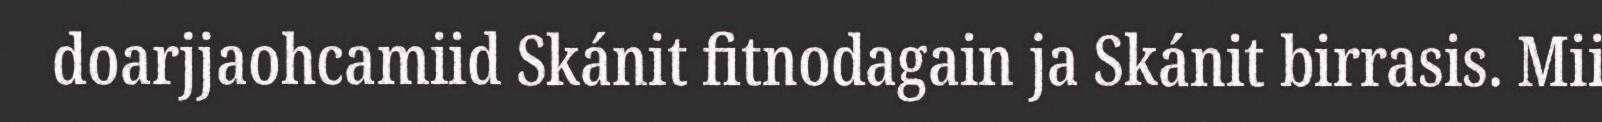
doarjjaohcamiid Skánit fitnodagain ja Skánit birrasis. Mii